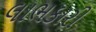
લાભકારી